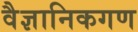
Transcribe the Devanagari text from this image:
वैज्ञानिकगण